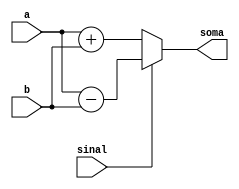
module adder (a,b,sinal, soma);

input signed [63:0] a, b;
output signed [63:0] soma;
input sinal;


assign soma = (sinal == 1'b0) ? (a + b):(a-b);
            
endmodule

module memoria(ads, clk, we, din, dout);
  
input [63 :0] ads;
input clk;
input we;
input signed [63:0] din;
output reg signed [63:0] dout;
reg signed [63:0] registradores [31:0]; // Registradores

initial begin
   
    registradores[0] = 45;
    registradores[1] = 11;
    
end

always@(posedge clk) begin

    $display("Registrador da memoria que recebe STORE         :", registradores[2]); 

    if (we)
        begin
          registradores[ads] <= din; // Escreve na memoria
        end
    else 
        begin
            dout <= registradores[ads]; // L a memoria
        end
end


endmodule

module registrador (clk, din, we, Rw, Ra, Rb, doutA, doutB);
    input clk;             // Clock do sistema
    input signed [63:0] din; // Dados de entrada  
    input we;          // Sinal de carregamento de dados
    output reg signed [64-1:0] doutA; 
    output reg signed [64-1:0]  doutB; // Dados de sada
    input [63:0] Rw;
    input [63:0] Ra;
    input [63:0] Rb;

    reg signed [63:0] registradores [31:0]; //Registradores

    initial begin
        
        registradores[0] = 0;
        registradores[1] = 1;
        registradores[5] = 2;
        registradores[6] = 36;

    end

    always @(posedge clk) begin

        $display("Registrador do banco onde ocorre o primeiro LOAD:", registradores[1]); 
        $display("Registrador do banco onde ocorre o segundo LOAD :", registradores[2]); 
        $display("Registrador do banco onde ocorre o primeiro ADD :", registradores[3]); 
        $display("Registrador do banco onde ocorre o primeiro SUB :", registradores[4]); 
        
        

        if (we) begin // Se o sinal de carregamento de dados estiver ativo
            registradores[Rw] <= din; // Carrega os dados de entrada no registrador
          
    
        end
        begin
            doutA <= registradores[Ra]; // L os dados do registrador 
            doutB <= registradores[Rb]; // L os dados do registrador 

    end
    end

    

endmodule

module Mux1 (C,Rb,sinalMux,S1 );

input signed [63:0] C, Rb;
output signed [63:0] S1;
input sinalMux;


assign S1 = (sinalMux == 1'b0) ? C: Rb;
            
endmodule


module Mux2 (dout, soma ,sinalMux, S2);

input signed [63:0] dout, soma;
output signed [63:0] S2;
input sinalMux;


assign S2 = (sinalMux == 1'b0) ? (dout):(soma);
            
endmodule